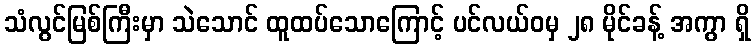
သံလွင်မြစ်ကြီးမှာ သဲသောင် ထူထပ်သောကြောင့် ပင်လယ်ဝမှ ၂၈ မိုင်ခန့် အကွာ ရှိ